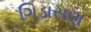
ગિડાસણ